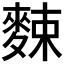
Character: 𪌶